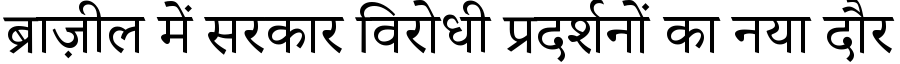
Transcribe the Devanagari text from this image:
ब्राज़ील में सरकार विरोधी प्रदर्शनों का नया दौर